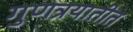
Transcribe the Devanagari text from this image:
गुणत्रयातीत